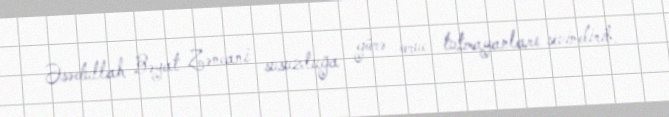
Əsədullah Bəyat Zəncani susuzluğa görə oruc tutmayanları sevindirib.